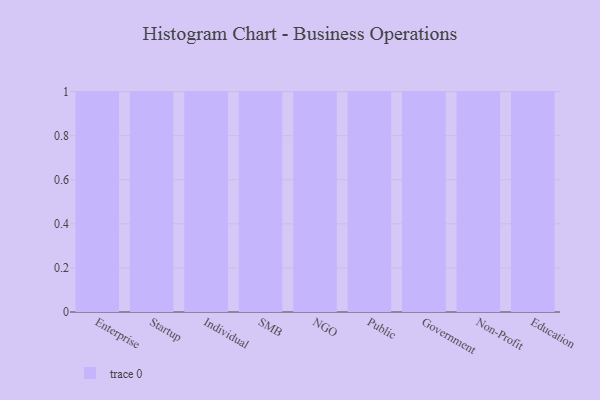
{"axis": {"x": "Segment", "y": "Headcount"}, "legend": [""], "data": [{"x": "Enterprise", "y": 53, "type": ""}, {"x": "Startup", "y": 29, "type": ""}, {"x": "Individual", "y": 36, "type": ""}, {"x": "SMB", "y": 26, "type": ""}, {"x": "NGO", "y": 37, "type": ""}, {"x": "Public", "y": 84, "type": ""}, {"x": "Government", "y": 58, "type": ""}, {"x": "Non-Profit", "y": 24, "type": ""}, {"x": "Education", "y": 65, "type": ""}]}